65_HS1-834228961_62-HQ-83894_SUB_A
Agency: FBI
Page 58
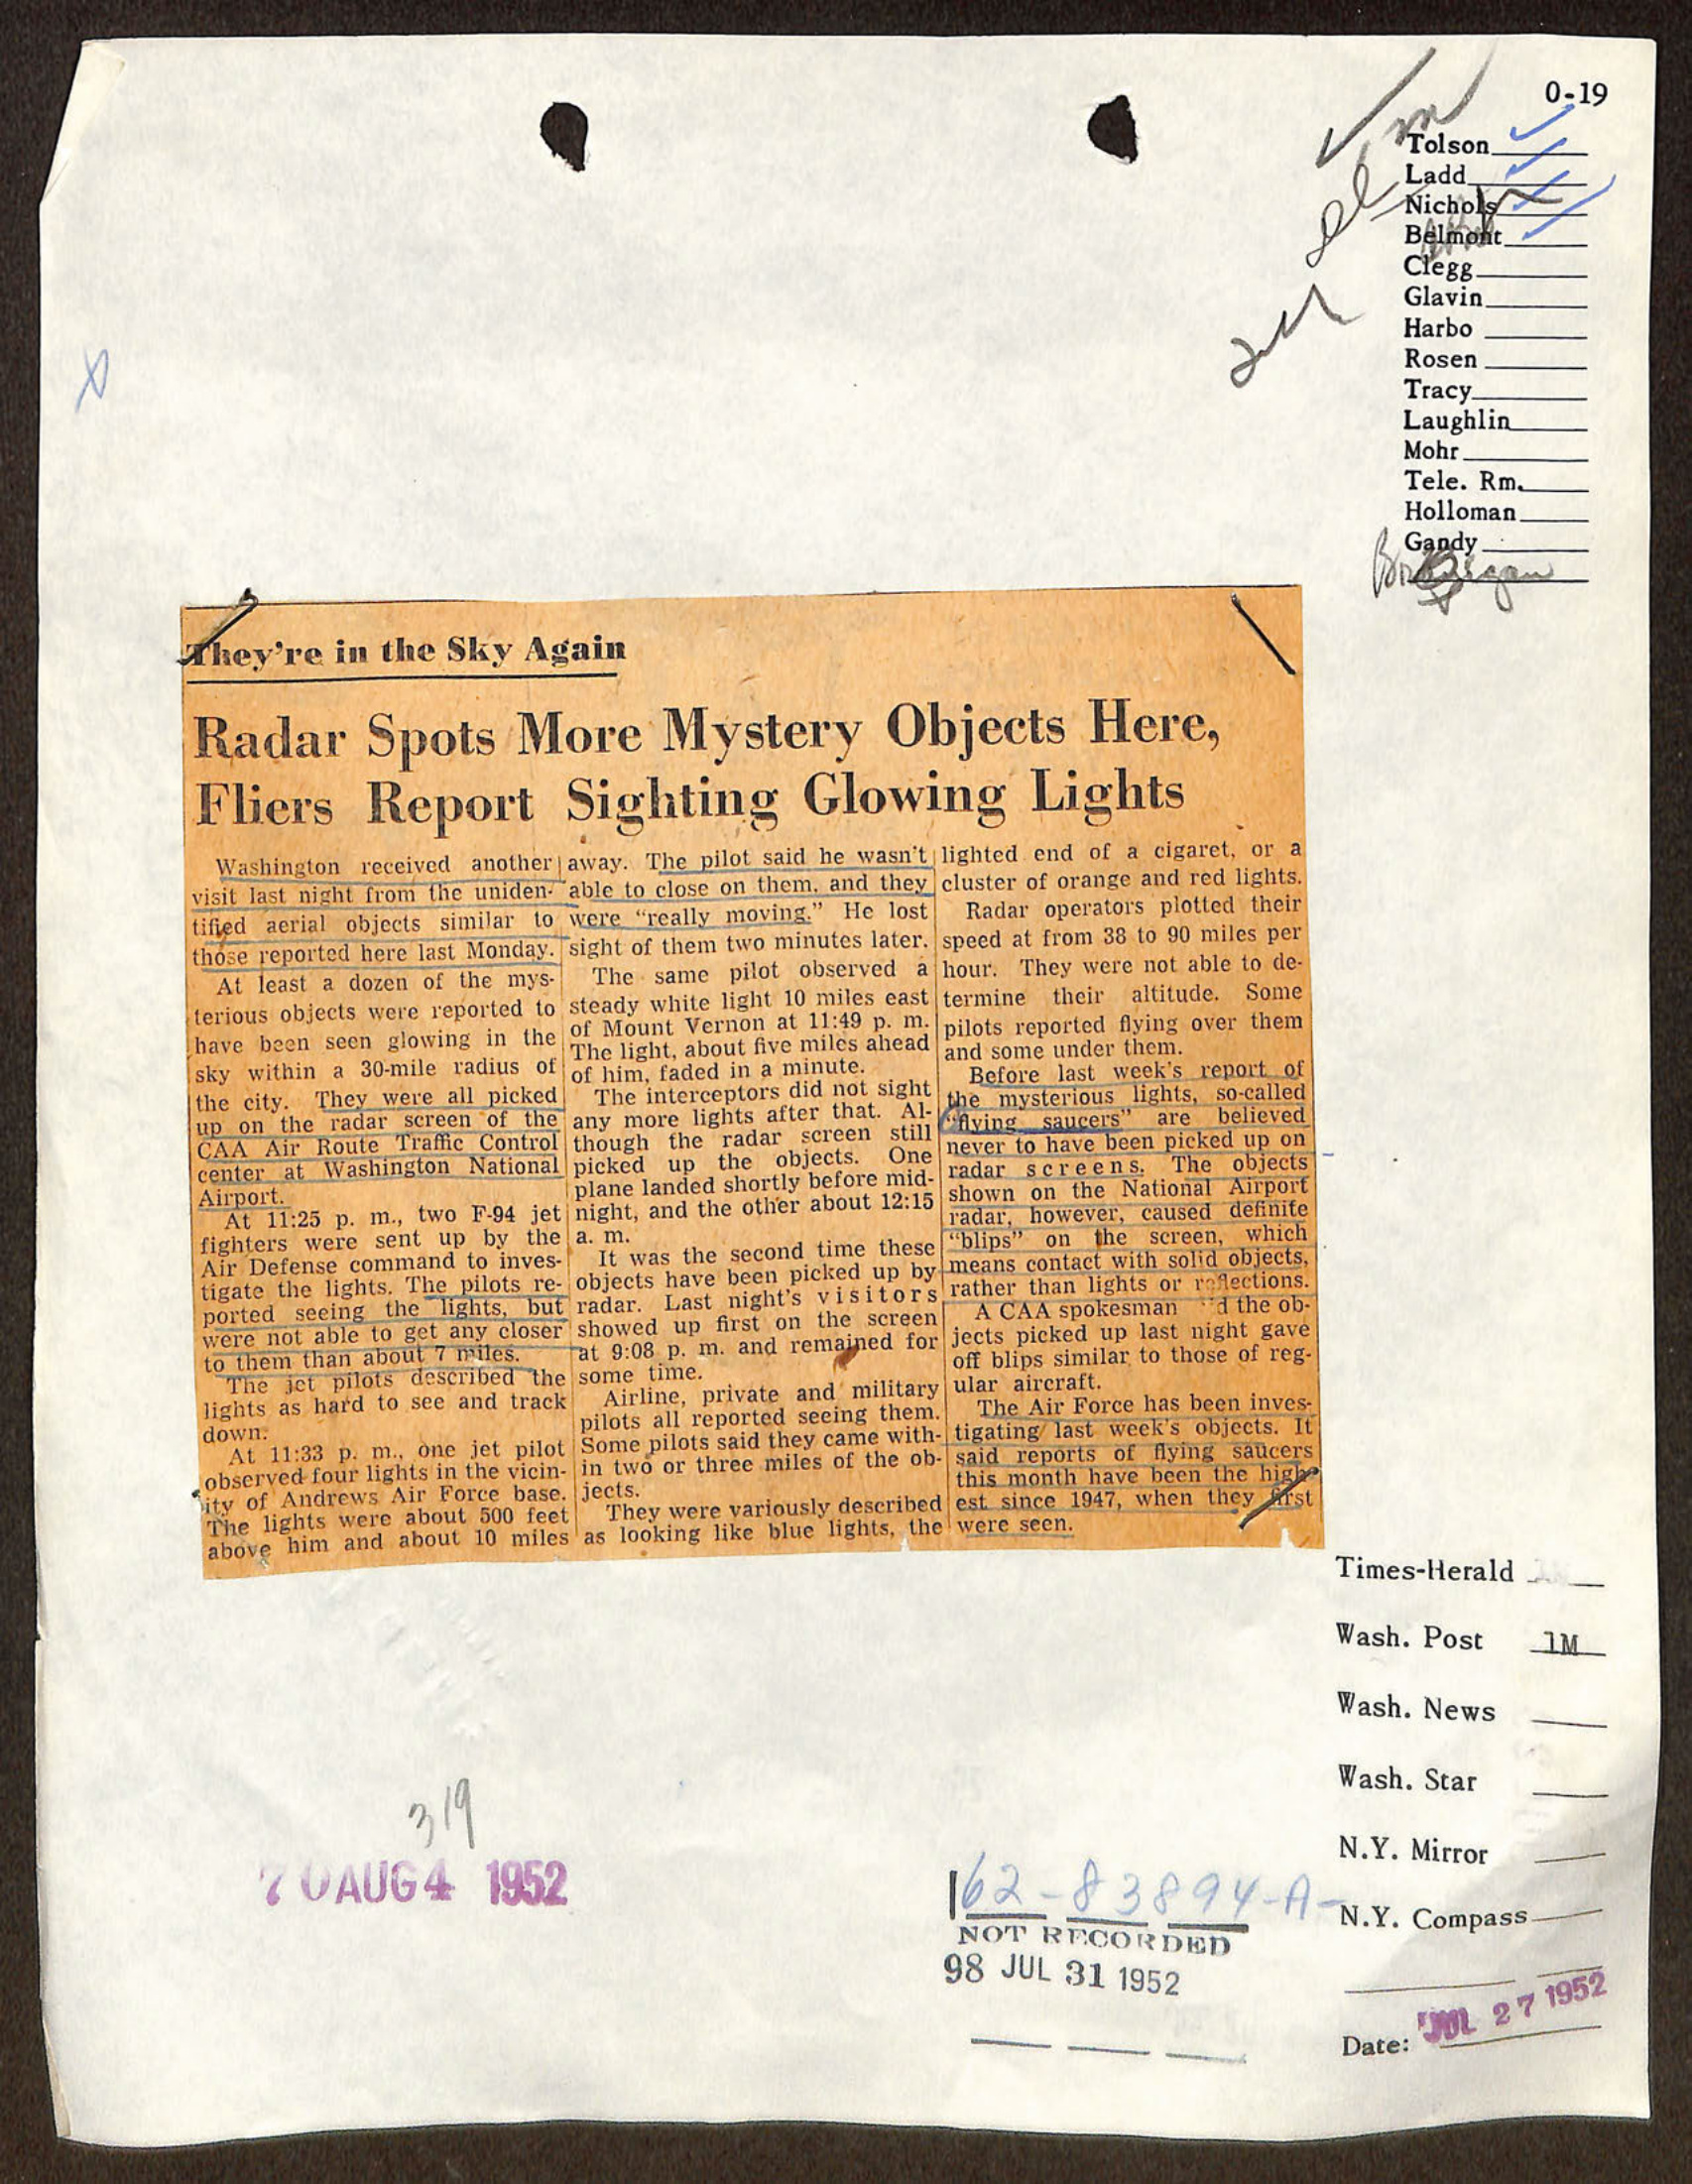